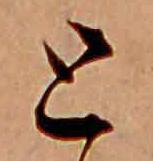
と